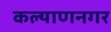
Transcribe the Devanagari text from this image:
कल्याणनगर